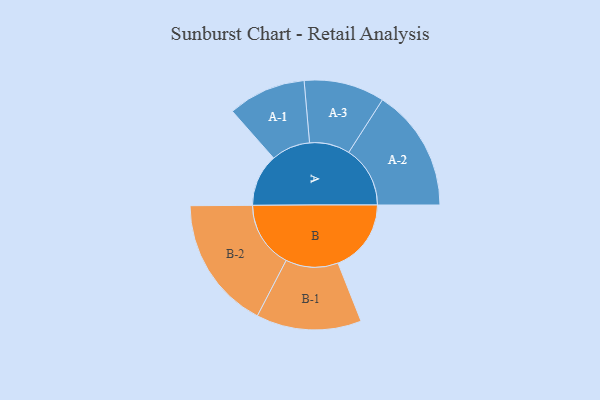
{"axis": {"x": "Segment", "y": "Value"}, "legend": ["", "A", "B"], "data": [{"x": "A", "y": 231, "type": ""}, {"x": "B", "y": 323, "type": ""}, {"x": "A-1", "y": 172, "type": "A"}, {"x": "A-2", "y": 271, "type": "A"}, {"x": "A-3", "y": 178, "type": "A"}, {"x": "B-1", "y": 232, "type": "B"}, {"x": "B-2", "y": 294, "type": "B"}]}